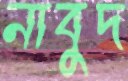
নাবুদ